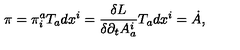
\pi = \pi _ { i } ^ { a } T _ { a } d x ^ { i } = \frac { \delta L } { \delta \partial _ { t } A _ { a } ^ { i } } T _ { a } d x ^ { i } = \dot { A } ,